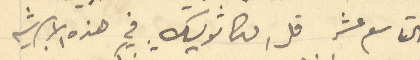
التاسع عشر قل الكاثوليك في هذه الابرشيه